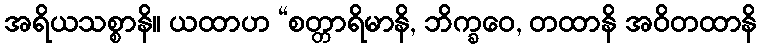
အရိယသစ္စာနိ။ ယထာဟ “စတ္တာရိမာနိ, ဘိက္ခဝေ, တထာနိ အဝိတထာနိ